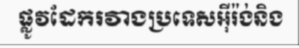
ផ្លូវដែករវាងប្រទេសអ៊ីរ៉ង់និង